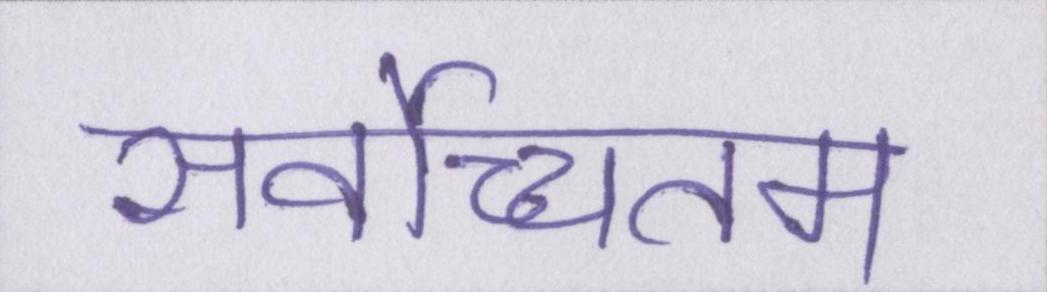
सर्वोच्चतम